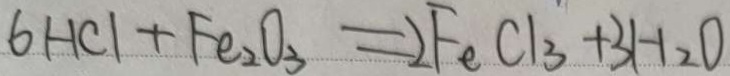
6 H C l + F e _ { 2 } O _ { 3 } = 2 F e C l _ { 3 } + 3 H _ { 2 } O